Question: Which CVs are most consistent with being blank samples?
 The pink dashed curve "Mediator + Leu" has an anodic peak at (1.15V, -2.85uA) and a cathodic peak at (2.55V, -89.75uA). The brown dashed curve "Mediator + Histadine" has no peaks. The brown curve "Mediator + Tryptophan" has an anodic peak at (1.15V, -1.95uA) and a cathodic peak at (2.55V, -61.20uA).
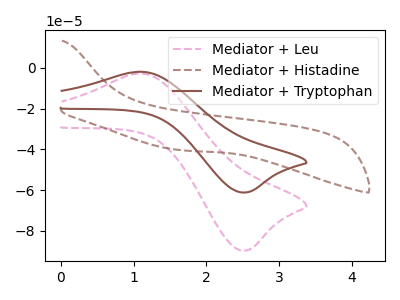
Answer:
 <answer>"Mediator + Histadine" is likely to be a blank.</answer>
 <eval>Mediator + Histadine</eval>